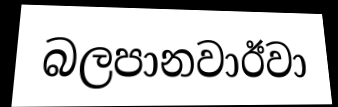
බලපානවාඊවා